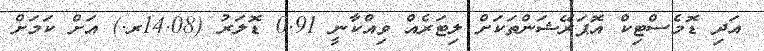
އަދި ޑޮމެސްޓިކް އޮޕަރޭޝަންތަކަށް ލިޓަރެއް ވިއްކާނީ 0.91 ޑޮލަރު (14.08ރ.) އަށް ކަމަށް